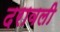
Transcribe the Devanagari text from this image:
दरावली